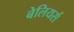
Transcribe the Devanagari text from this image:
बेलियर्स